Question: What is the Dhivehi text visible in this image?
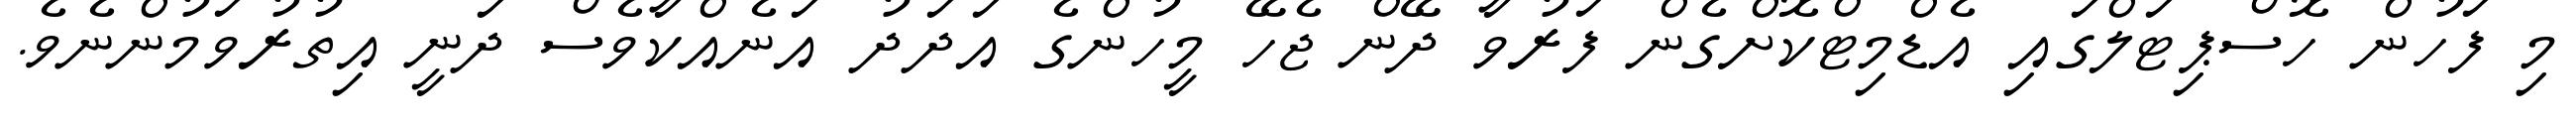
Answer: މި ފަހުން ހޮސްޕިޓަލްގައި އެޑްމިޓްކޮށްގެން ފަރުވާ ދޭން ޖެހޭ މީހުންގެ އަދަދު އަނެއްކާވެސް ދަނީ އިތުރުވަމުންނެވެ.